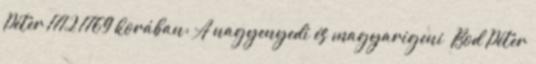
Péter 1712–1769 korában: A nagyenyedi és magyarigeni „Bod Péter